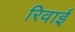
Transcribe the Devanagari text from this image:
रिवाई